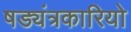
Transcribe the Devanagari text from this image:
षड्यंत्रकारियो